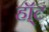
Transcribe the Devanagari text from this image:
हॉ्ट